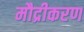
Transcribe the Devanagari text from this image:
मौद्रीकरण